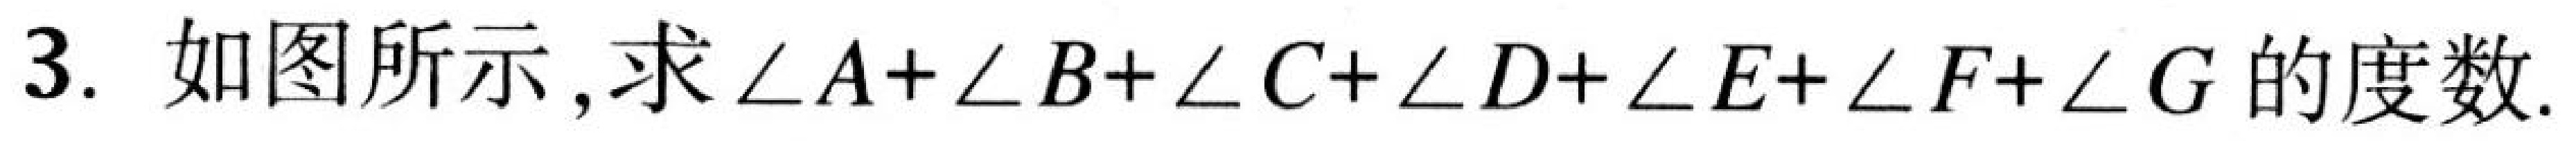
3. 如图所示,求\(\angle A+\angle B+\angle C+\angle D+\angle E+\angle F+\angle G\)的度数.